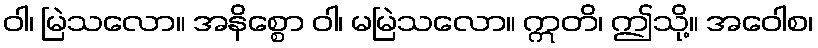
ဝါ၊ မြဲသလော။ အနိစ္စော ဝါ၊ မမြဲသလော။ ဣတိ၊ ဤသို့။ အဝေါစ၊